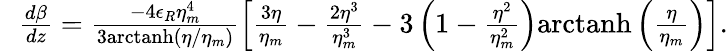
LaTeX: \begin{array}{rlr}&{}&{\! \! \! \! \! \! \! \! \frac{d\beta}{dz}=\frac{-4\epsilon_{R}\eta_{m}^{4}}{3\mathrm{arctanh}\left(\eta/\eta_{m}\right)}\left[\frac{3\eta}{\eta_{m}}-\frac{2\eta^{3}}{\eta_{m}^{3}}-3\left(1-\frac{\eta^{2}}{\eta_{m}^{2}}\right)\mathrm{arctanh}\left(\frac{\eta}{\eta_{m}}\right)\right].}\end{array}